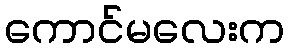
ကောင်မလေးက